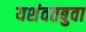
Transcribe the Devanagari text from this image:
यशंवतबुवा